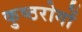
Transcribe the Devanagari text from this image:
कुष्ठरोगों